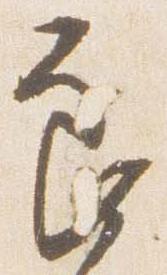
良